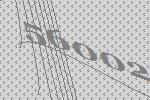
56002